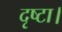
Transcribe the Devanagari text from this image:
दृष्टा।